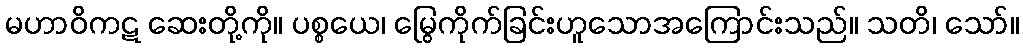
မဟာဝိကဋ ဆေးတို့ကို။ ပစ္စယေ၊ မြွေကိုက်ခြင်းဟူသောအကြောင်းသည်။ သတိ၊ သော်။